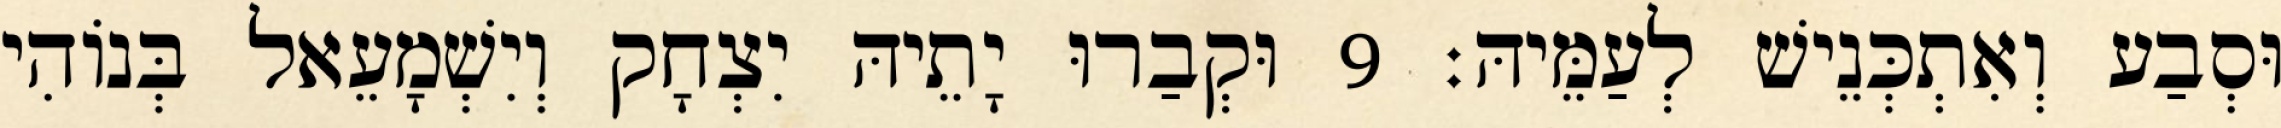
וּסְבַע וְאִתְכְּנֵישׁ לְעַמֵּיהּ׃ 9 וּקְבַרוּ יָתֵיהּ יִצְחָק וְיִשְׁמָעֵאל בְּנוֹהִי